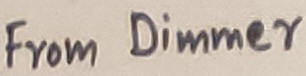
Text: From Dimmer